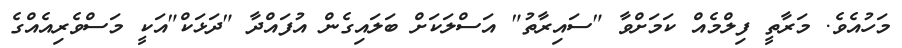
މަހުއެވެ. މަރާތީ ފިލްމެއް ކަމަށްވާ "ސައިރާތު" އަސްލަކަށް ބަލައިގެން އުފައްދާ "ދަޅަކް"އަކީ މަސްވެރިއެއްގެ